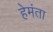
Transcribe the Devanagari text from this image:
हेमंता